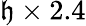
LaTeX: \mathfrak{h}\times2.4